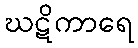
ဃဋိကာရေ